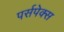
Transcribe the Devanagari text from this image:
पर्सपेक्स